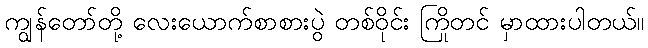
ကျွန်တော်တို့ လေးယောက်စာစားပွဲ တစ်ဝိုင်း ကြိုတင် မှာထားပါတယ်။